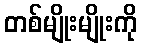
တစ်မျိုးမျိုးကို